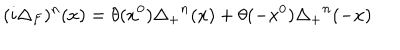
( i \Delta _ { F } ) ^ { n } ( x ) = \theta ( x ^ { 0 } ) { \Delta _ { + } } ^ { n } ( x ) + \theta ( - x ^ { 0 } ) { \Delta _ { + } } ^ { n } ( - x )